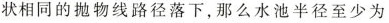
状相同的抛物线路径落下，那么水池半径至少为